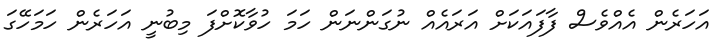
އަހަރެން އެއްވެސް ފާފައަކަށް އަރައެއް ނުގަންނަން ހަމަ ހުވާކޮށްފަ މިބުނީ އަހަރެން ހަމަހޭގަ